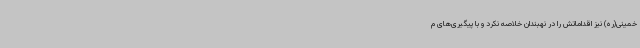
خمینی(ره) نیز اقداماتش را در نهبندان خلاصه نکرد و با پیگیری‌های م